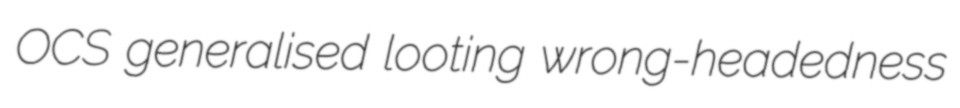
OCS generalised looting wrong-headedness